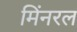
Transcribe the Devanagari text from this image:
मिंनरल